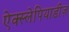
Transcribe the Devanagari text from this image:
ऐक्स्लेपियाडीज़